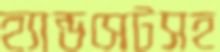
হ্যান্ডসেটসহ